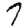
Digit: 7